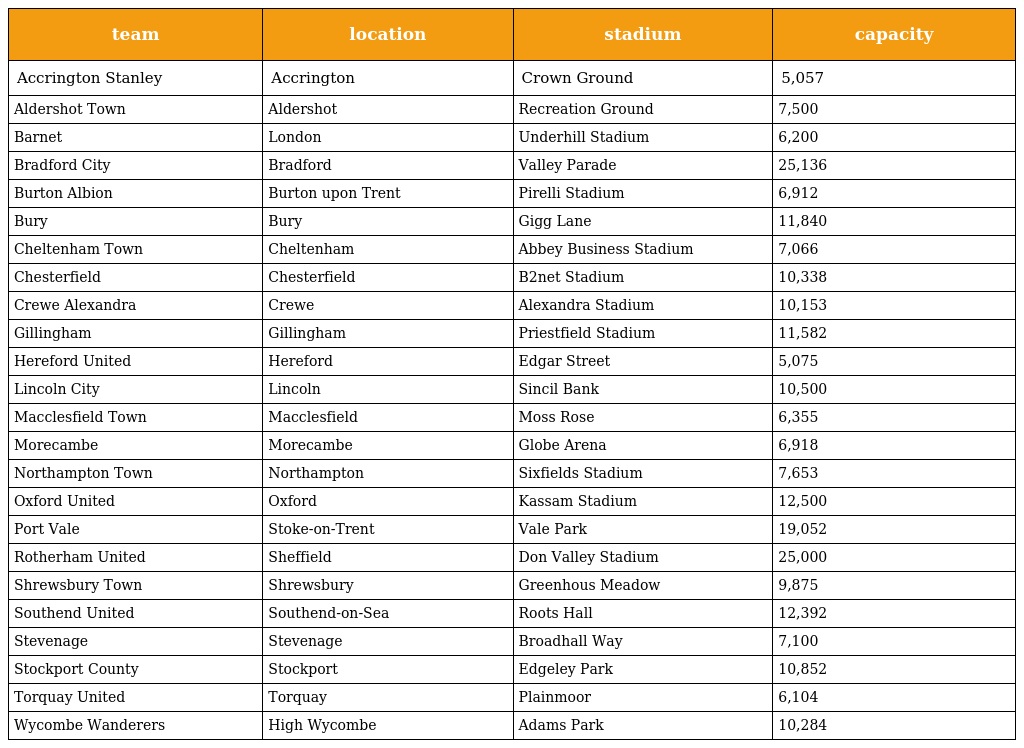
| team | location | stadium | capacity |
 | --- | --- | --- | --- |
 | Accrington Stanley | Accrington | Crown Ground | 5,057 |
 | Aldershot Town | Aldershot | Recreation Ground | 7,500 |
 | Barnet | London | Underhill Stadium | 6,200 |
 | Bradford City | Bradford | Valley Parade | 25,136 |
 | Burton Albion | Burton upon Trent | Pirelli Stadium | 6,912 |
 | Bury | Bury | Gigg Lane | 11,840 |
 | Cheltenham Town | Cheltenham | Abbey Business Stadium | 7,066 |
 | Chesterfield | Chesterfield | B2net Stadium | 10,338 |
 | Crewe Alexandra | Crewe | Alexandra Stadium | 10,153 |
 | Gillingham | Gillingham | Priestfield Stadium | 11,582 |
 | Hereford United | Hereford | Edgar Street | 5,075 |
 | Lincoln City | Lincoln | Sincil Bank | 10,500 |
 | Macclesfield Town | Macclesfield | Moss Rose | 6,355 |
 | Morecambe | Morecambe | Globe Arena | 6,918 |
 | Northampton Town | Northampton | Sixfields Stadium | 7,653 |
 | Oxford United | Oxford | Kassam Stadium | 12,500 |
 | Port Vale | Stoke-on-Trent | Vale Park | 19,052 |
 | Rotherham United | Sheffield | Don Valley Stadium | 25,000 |
 | Shrewsbury Town | Shrewsbury | Greenhous Meadow | 9,875 |
 | Southend United | Southend-on-Sea | Roots Hall | 12,392 |
 | Stevenage | Stevenage | Broadhall Way | 7,100 |
 | Stockport County | Stockport | Edgeley Park | 10,852 |
 | Torquay United | Torquay | Plainmoor | 6,104 |
 | Wycombe Wanderers | High Wycombe | Adams Park | 10,284 |